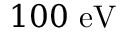
1 0 0 ~ \mathrm { e V }